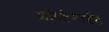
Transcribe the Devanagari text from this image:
ऑस्टेनाईट